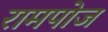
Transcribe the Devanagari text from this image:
रामपोज